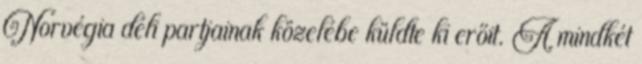
Norvégia déli partjainak közelébe küldte ki erőit. A mindkét